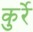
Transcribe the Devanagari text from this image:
कुर्रे